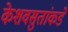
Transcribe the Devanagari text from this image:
केशवसुतांकडे